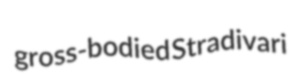
gross-bodied Stradivari